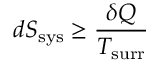
d S _ { \mathrm { s y s } } \geq { \frac { \delta Q } { T _ { \mathrm { s u r r } } } }